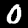
Digit: 0